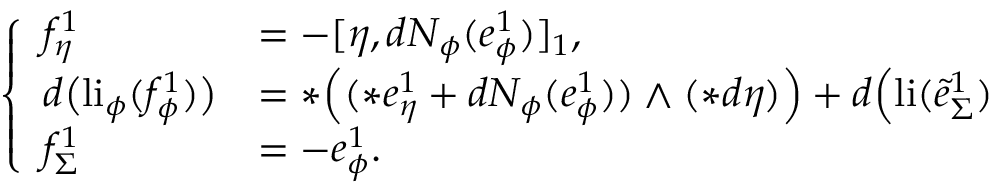
\left\{ \begin{array} { l l } { f _ { \eta } ^ { 1 } } & { = - [ \eta , d N _ { \phi } ( e _ { \phi } ^ { 1 } ) ] _ { 1 } , } \\ { d \big ( \mathrm { l i } _ { \phi } ( f _ { \phi } ^ { 1 } ) \big ) } & { = \ast \Big ( ( \ast e _ { \eta } ^ { 1 } + d N _ { \phi } ( e _ { \phi } ^ { 1 } ) ) \wedge ( \ast d \eta ) \Big ) + d \Big ( \mathrm { l i } ( \tilde { e } _ { \Sigma } ^ { 1 } ) } \\ { f _ { \Sigma } ^ { 1 } } & { = - e _ { \phi } ^ { 1 } . } \end{array} \right.